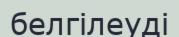
белгілеуді